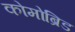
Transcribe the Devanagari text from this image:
कोमोब्रिड